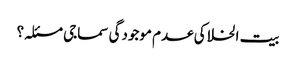
بیت الخلا کی عدم موجودگی سماجی مسئلہ؟